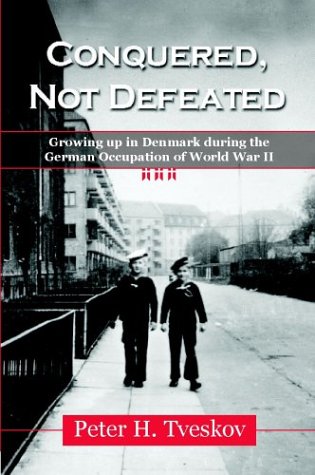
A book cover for Conquered, Not Defeated: Growing Up in Denmark During the German Occupation of World War II; Peter H. Tveskov; Biographies & Memoirs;